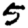
Digit: 5